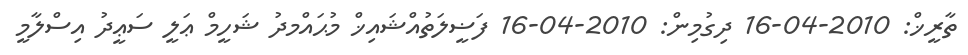
ތާރީޚް: 2010-04-16 ދިގުމިން: 2010-04-16 ފަޟީލަތުއްޝައިޚް މުޙައްމދު ޝަހީމް ޢަލީ ސަޢީދު އިސްލާމީ